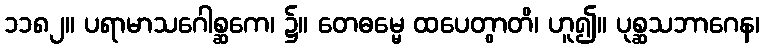
၁၁၈၂။ ပရာမာသဂေါစ္ဆကေ၊ ၌။ တေဓမ္မေ ထပေတွာတိ၊ ဟူ၍။ ပုစ္ဆသဘာဂေန၊